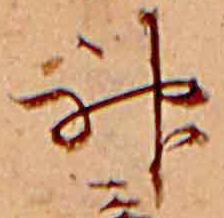
神